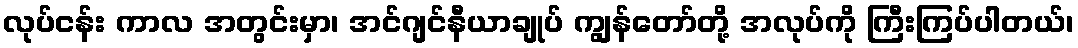
လုပ်ငန်း ကာလ အတွင်းမှာ၊ အင်ဂျင်နီယာချုပ် ကျွန်တော်တို့ အလုပ်ကို ကြီးကြပ်ပါတယ်၊